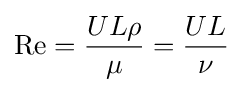
\mathrm {Re} ={\frac {UL\rho }{\mu }}={\frac {UL}{\nu }}